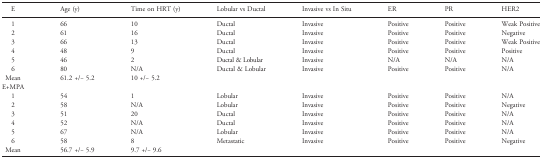
| E | Age (y) | Time on HRT (y) | Lobular vs Ductal | Invasive vs In Situ | ER | PR | HER2 |
 | --- | --- | --- | --- | --- | --- | --- | --- |
 | 1 | 66 | 10 | Ductal | Invasive | Positive | Positive | Weak Positive |
 | 2 | 61 | 16 | Ductal | Invasive | Positive | Positive | Negative |
 | 3 | 66 | 13 | Ductal | Invasive | Positive | Positive | Weak Positive |
 | 4 | 48 | 9 | Ductal | Invasive | Positive | Positive | Positive |
 | 5 | 46 | 2 | Ductal & Lobular | Invasive | N/A | N/A | N/A |
 | 6 | 80 | N/A | Ductal & Lobular | Invasive | Positive | Positive | N/A |
 | Mean | 61.2 +/− 5.2 | 10 +/− 5.2 |  |  |  |  |  |
 | E+MPA |  |  |  |  |  |  |  |
 | 1 | 54 | 1 | Lobular | Invasive | Positive | Positive | N/A |
 | 2 | 58 | N/A | Lobular | Invasive | Positive | Positive | Negative |
 | 3 | 51 | 20 | Ductal | Invasive | Positive | Positive | N/A |
 | 4 | 52 | N/A | Ductal | Invasive | Positive | Positive | N/A |
 | 5 | 67 | N/A | Lobular | Invasive | Positive | Positive | N/A |
 | 6 | 58 | 8 | Metastatic | Invasive | Positive | Positive | Negative |
 | Mean | 56.7 +/− 5.9 | 9.7 +/− 9.6 |  |  |  |  |  |